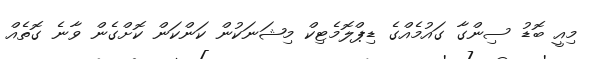
މިއީ ބޮޑު ސިންގާ ގައުމެއްގެ ޑިޕްލޮމެޓިކް މިޝަނަކުން ކަންކަން ކޮށްގެން ވާނެ ގޮތެއް